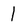
Character: 1